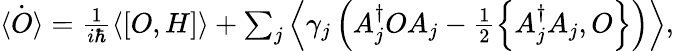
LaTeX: \begin{array}{r}{\dot{\langle O\rangle}=\frac{1}{i\hbar}\left\langle[O,H]\right\rangle+\sum_{j}\left\langle\gamma_{j}\left(A_{j}^{\dagger}OA_{j}-\frac{1}{2}\left\{ A_{j}^{\dagger}A_{j},O\right\} \right)\right\rangle,}\end{array}